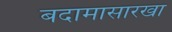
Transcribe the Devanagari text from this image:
बदामासारखा